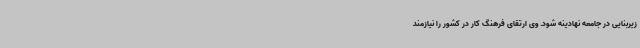
زیربنایی در جامعه نهادینه شود. وی ارتقای فرهنگ کار در کشور را نیازمند